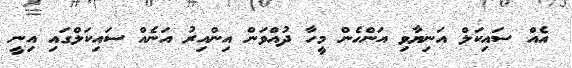
އެއް ސައިކަލް އަނިޔާވި އަންހެން މީހާ ދުއްވަން އިންއިރު އަނެއް ސައިކަލްގައި އިނީ